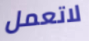
لاتعمل